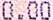
0.00